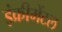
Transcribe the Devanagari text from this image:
इंक्रीमेंटल